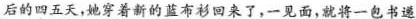
后的四五天，她穿着新的蓝布衫回来了，一见面，就将一包书递